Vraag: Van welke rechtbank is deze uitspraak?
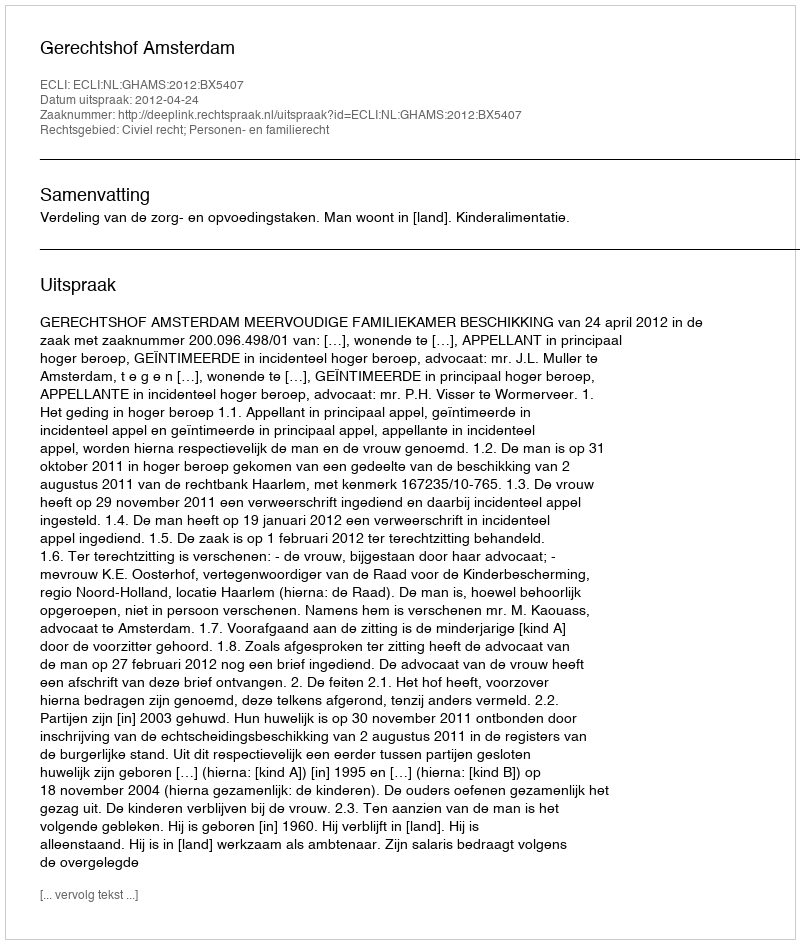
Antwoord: Gerechtshof Amsterdam